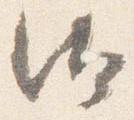
汰